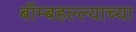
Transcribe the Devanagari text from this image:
बॉम्बहल्ल्याच्या